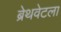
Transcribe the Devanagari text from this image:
ब्रेथवेटला